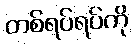
တစ်ရပ်ရပ်ကို